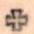
+